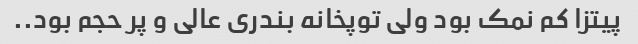
پیتزا کم نمک بود ولی توپخانه بندری عالی و پر حجم بود..